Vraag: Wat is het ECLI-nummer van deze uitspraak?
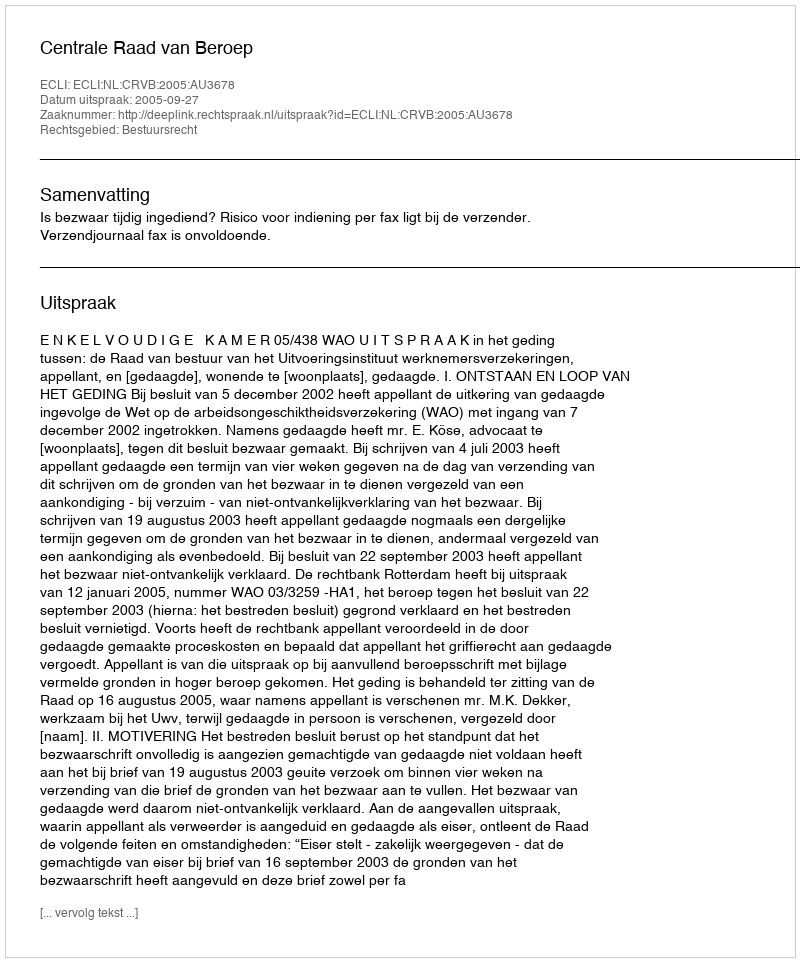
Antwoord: ECLI:NL:CRVB:2005:AU3678